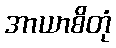
အာယာစိတုံ